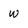
Character: W